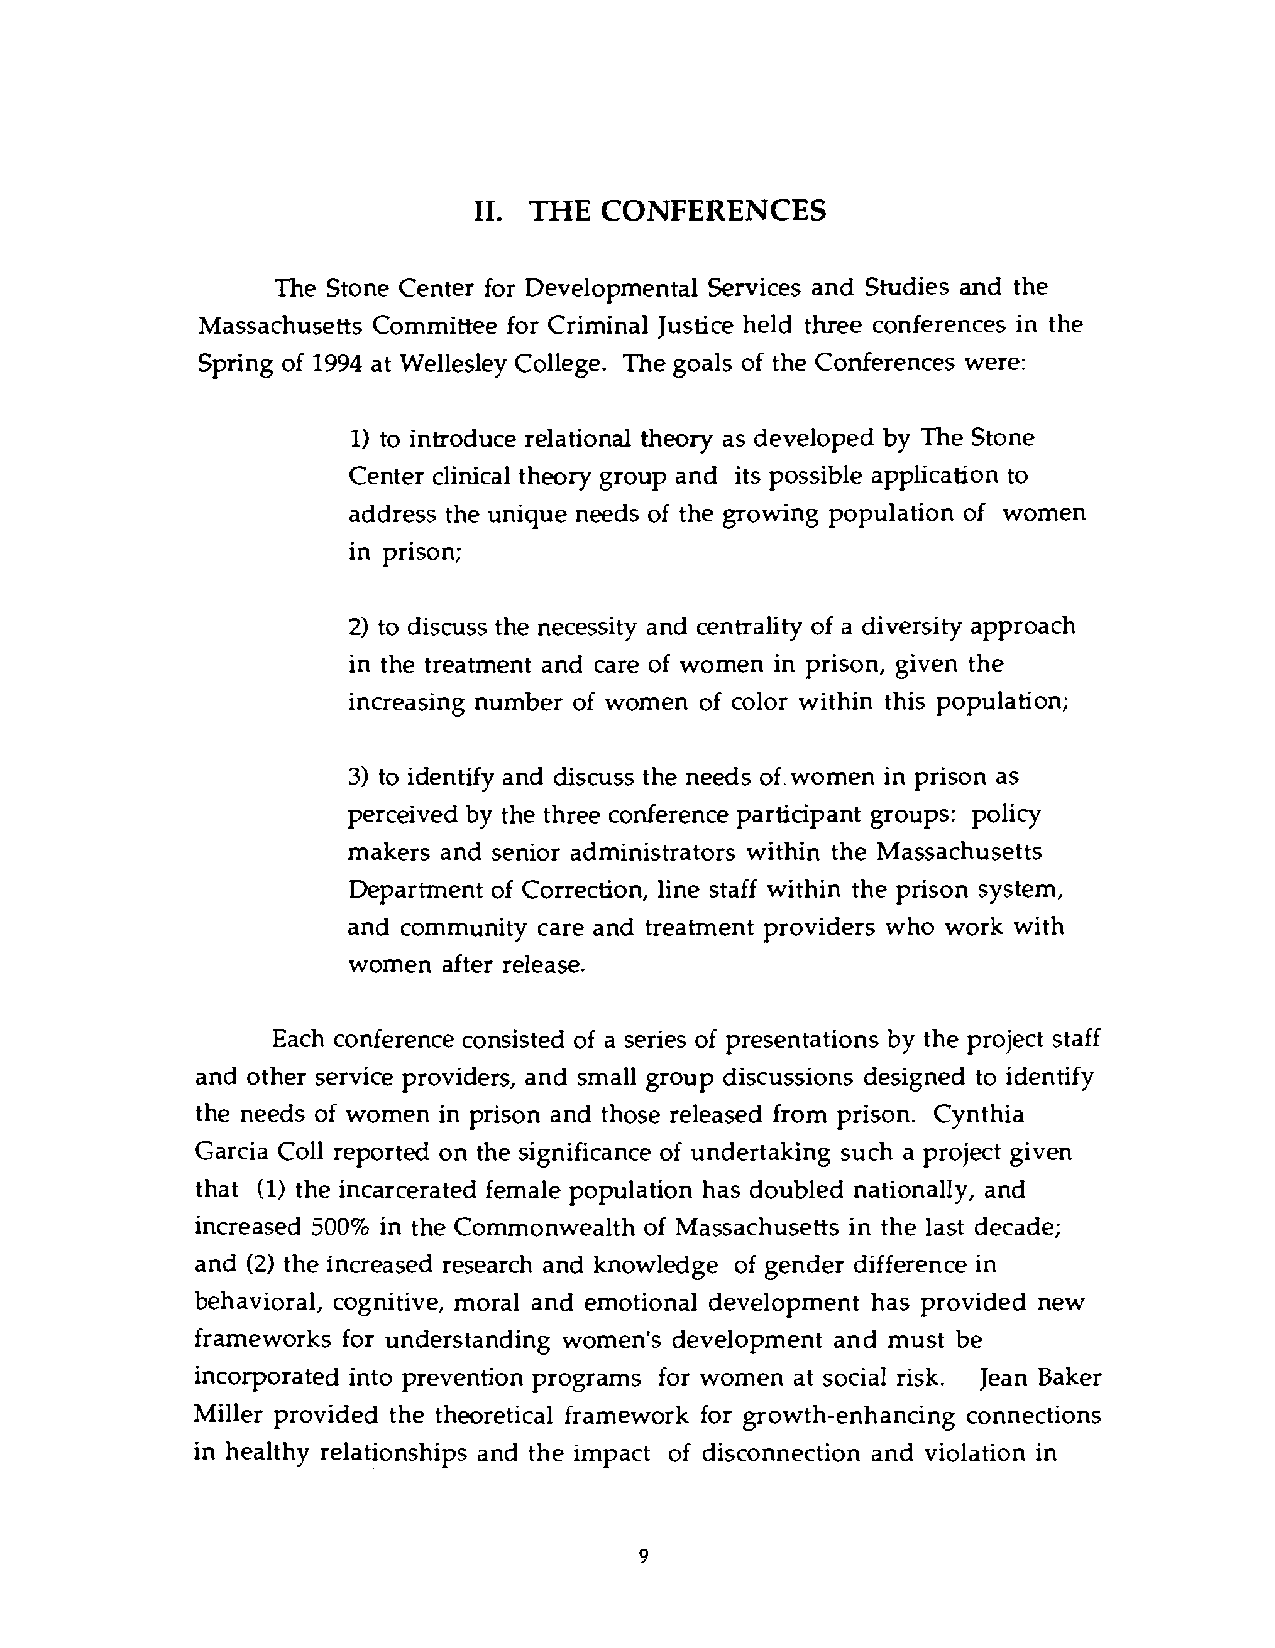
11. THE  CONFERENCES
 The Stone Center for Developmental Services and Studies and the
 Massachusetts Committee for Criminal Justice held three conferences in the
 Spring of 1994 at Wellesley College. The goals of the Conferences were:
 1) to introduce relational theory as developed by The Stone
 Center clinical theory group and its possible application to
 address the unique needs of the growing population of women
 in prison;
 2) to discuss the necessity and centrality of a diversity approach
 in the treatment and care of women in prison, given the
 increasing number of women of color within this population;
 3) to identify and discuss the needs of. women in prison as
 perceived by the three conference participant groups: policy
 makers and senior administrators within the Massachusetts
 Department of Correction, line staff within the prison system,
 and community care and treatment providers who work with
 women after release.
 Each conference consisted of a series of presentations by the project staff
 and other service providers, and small group discussions designed to identify
 the needs of women in prison and those released from prison. Cynthia
 Garcia Coll reported on the significance of undertaking such a project given
 that (1) the incarcerated female population has doubled nationally, and
 increased 500% in the Commonwealth of Massachusetts in the last decade;
 and (2) the increased research and knowledge of gender difference in
 behavioral, cognitive, moral and emotional development has provided new
 frameworks for understanding women's development and must be
 incorporated into prevention programs for women at social risk. Jean Baker
 Miller provided the theoretical framework for growth-enhancing connections
 in healthy relationships and the impact of disconnection and violation in